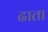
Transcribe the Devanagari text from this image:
ढाता